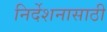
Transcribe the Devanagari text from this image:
निर्देशनासाठी